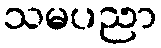
သမပညာ